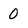
Character: 0